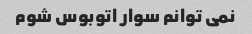
نمی توانم سوار اتوبوس شوم